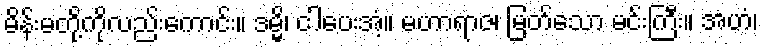
မိန်းမတို့ကိုလည်းကောင်း။ ဒမ္မိ၊ ငါပေးအံ့။ မဟာရာဇ၊ မြတ်သော မင်းကြီး။ အဟံ၊